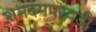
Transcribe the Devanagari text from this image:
शमदमपरवडी